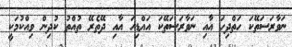
ނަވާރަސަތޭކަ ހަތްދިހަ އާއި ނަވާރަސަތޭކަ އައްޑިހަ އާއި ދޭތެރޭ ތުއްތު ކުދިން ވިއްކުމަކީ